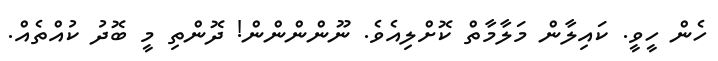
ހެން ހީވީ. ކައިލާން މަލާމާތް ކޮށްލިއެވެ. ނޫންންންން! ދޮންތި މީ ބޮދު ކުއްތެއް.